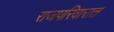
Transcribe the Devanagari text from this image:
राजपरिवारात